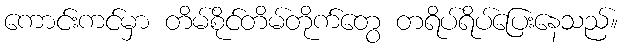
ကောင်းကင်မှာ တိမ်စိုင်တိမ်တိုက်တွေ တရိပ်ရိပ်ပြေးနေသည်။